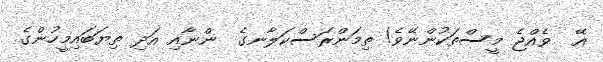
އޭ  ވެއްޖެ މީސްތަކުންނޭވެ! ތިމަންރަސްކަލާނގެ  ންނާއި އަދި ތިޔަބައިމީހުންގެ